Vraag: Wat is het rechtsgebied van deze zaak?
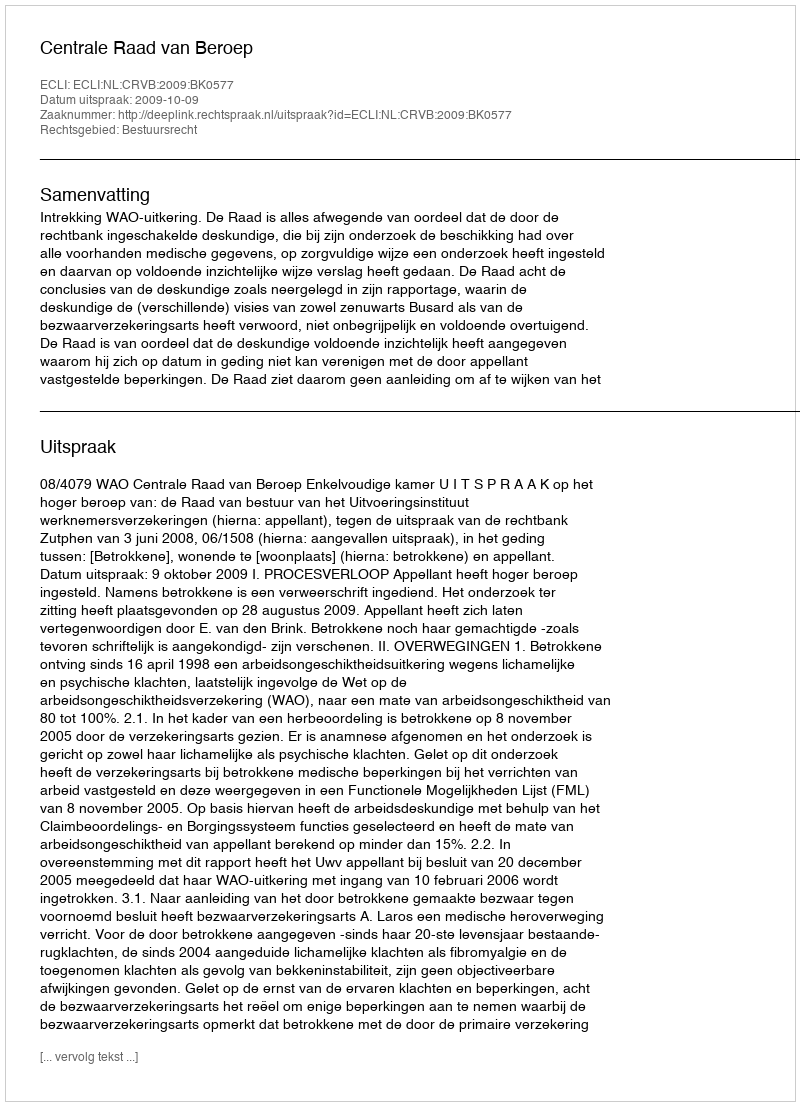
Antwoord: Bestuursrecht